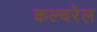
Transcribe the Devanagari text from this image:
कल्चरेल